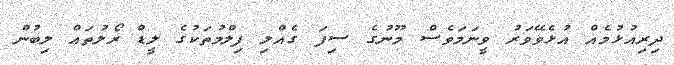
ދިރިއުޅުމެއް އުޅެވޭވަރު ވީނަމަވެސް މޫނުގެ ސިފަ ގެއްލި ފިލްމުތަކުގެ ލީޑް ރޯލުތައް ލިބުން